Senior Leaving Certificate Examination (including Day School Certificate (Higher) General paper), 1950
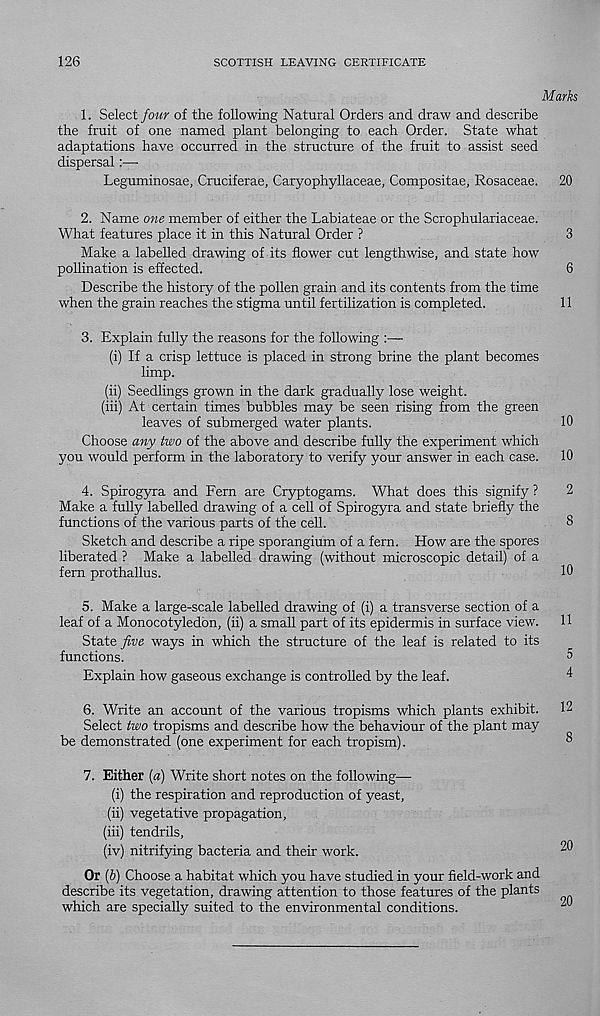
126
SCOTTISH LEAVING CERTIFICATE
Marks
1. Select four of the following Natural Orders and draw and describe
the fruit of one named plant belonging to each Order. State what
adaptations have occurred in the structure of the fruit to assist seed
dispersal:—
Leguminosae, Cruciferae, Caryophyllaceae, Compositae, Rosaceae. 20
2. Name one member of either the Labiateae or the Scrophulariaceae.
What features place it in this Natural Order ?
3
Make a labelled drawing of its flower cut lengthwise, and state how
pollination is effected.
6
Describe the history of the pollen grain and its contents from the time
when the grain reaches the stigma until fertilization is completed.
11
3. Explain fully the reasons for the following :—
(i) If a crisp lettuce is placed in strong brine the plant becomes
limp.
(ii) Seedlings grown in the dark gradually lose weight.
(iii) At certain times bubbles may be seen rising from the green
leaves of submerged water plants.
10
Choose any two of the above and describe fully the experiment which
you would perform in the laboratory to verify your answer in each case. 10
4. Spirogyra and Fern are Cryptogams. What does this signify ?
2
Make a fully labelled drawing of a cell of Spirogyra and state briefly the
functions of the various parts of the cell.
8
Sketch and describe a ripe sporangium of a fern. How are the spores
liberated ? Make a labelled drawing (without microscopic detail) of a
fern prothallus.
10
5. Make a large-scale labelled drawing of (i) a transverse section of a
leaf of a Monocotyledon, (ii) a small part of its epidermis in surface view. H
State five ways in which the structure of the leaf is related to its
functions.
5
Explain how gaseous exchange is controlled by the leaf.
4
6. Write an account of the various tropisms which plants exhibit. 12
Select two tropisms and describe how the behaviour of the plant may
be demonstrated (one experiment for each tropism).
^
7. Either [a) Write short notes on the following—
(i) the respiration and reproduction of yeast,
(ii) vegetative propagation,
(iii) tendrils,
(iv) nitrifying bacteria and their work.
20
Or ib) Choose a habitat which you have studied in your field-work and
describe its vegetation, drawing attention to those features of the plants
which are specially suited to the environmental conditions.